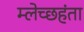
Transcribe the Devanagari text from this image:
म्लेच्छहंता